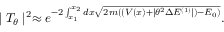
\mid T _ { \theta } \mid ^ { 2 } \approx e ^ { - 2 \int _ { x _ { 1 } } ^ { x _ { 2 } } d x \sqrt { 2 m ( ( V ( x ) + \mid \theta ^ { 2 } \Delta E ^ { ( 1 ) } \mid ) - E _ { 0 } ) } } .